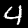
Digit: 4